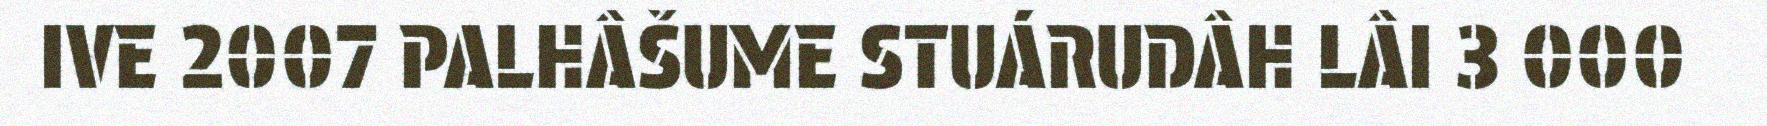
IVE 2007 PALHÂŠUME STUÁRUDÂH LÂI 3 000